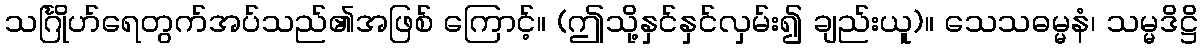
သင်္ဂြိုဟ်ရေတွက်အပ်သည်၏အဖြစ် ကြောင့်။ (ဤသို့နှင်နှင်လှမ်း၍ ချည်းယူ)။ သေသဓမ္မနံ၊ သမ္မဒိဋ္ဌိ